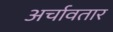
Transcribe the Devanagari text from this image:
अर्चावतार